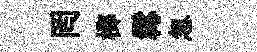
罔榔髯怱